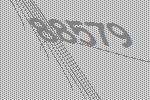
88579